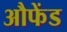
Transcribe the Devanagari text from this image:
औफेंड